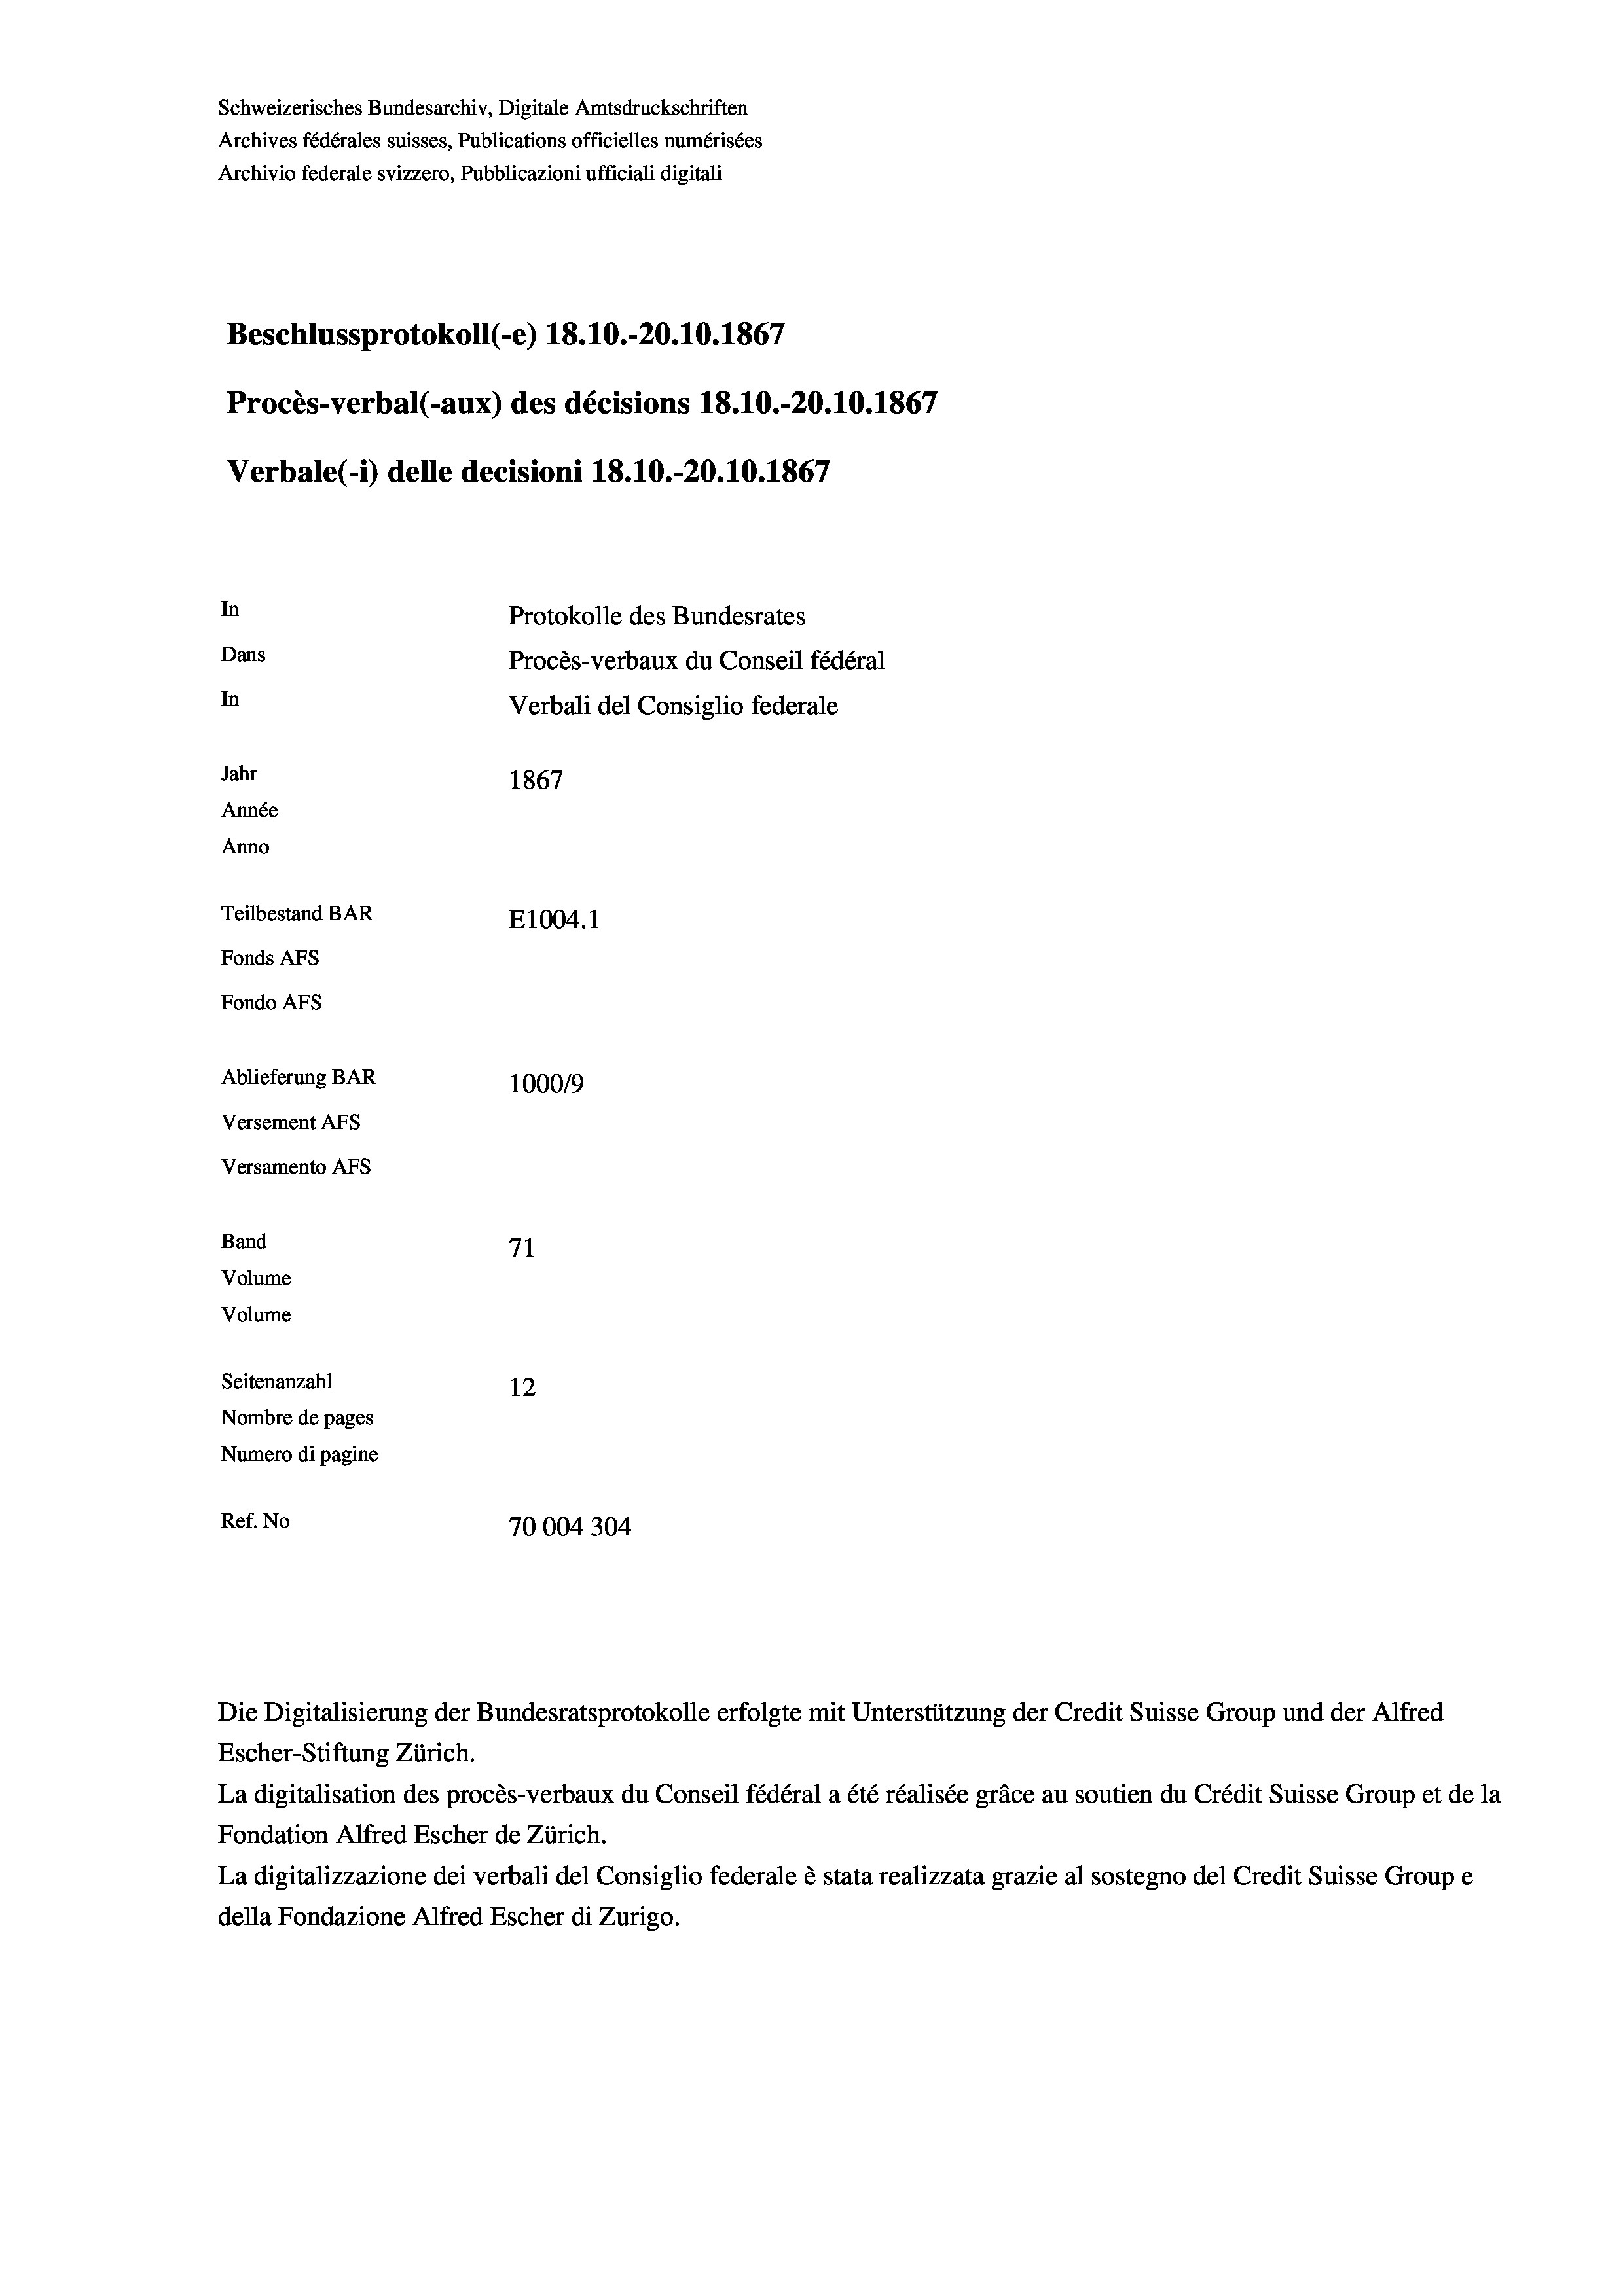
Schweizerisches Bundesarchiv, Digitale Amtsdruckschriften
Archives fédérales suisses, Publications officielles numérisées
Archivio federale svizzero, Pubblicazioni ufficiali digitali
Beschlussprotokoll (-e) 18.10.-20.10.1867
Procès-verbal (-aux) des décisions 18.10.-20.10.1867
Verbale (- 1) delle decisioni 18.10.-20.10.1867
In
Protokolle des Bundesrates
Dans
Procès-verbaux du Conseil fédéral
In
Verbali del Consiglio federale
Jahr
1867
Année
Anno
Teilbestand BAR
E1004.1
Fonds AFs
Fondo AFs
Ablieferung BAR
100019
Versement AFs
Versamento AFs
Band
71
Volume
Volume
Seitenanzahl
12

Nombre de pages
Numero di pagine
Ref. No
70004304

La digitalisation des procès-verbaux du Conseil fédéral a été réalisée gräce au soutien du Crédit Suisse Group et de la
Fondation Alfred Escher de Zürich.
La digitalizzazione dei verbali del Consiglio federale è stata realizzata grazie al sostegno del Credit Suisse Groupe
della Fondazione Alfred Escher di Zurigo.

Die Digitalisierung der Bundesratsprotokolle erfolgte mit Unterstützung der Credit Suisse Group und der Alfred
Escher-Stiftung Zürich.